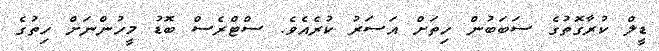
ޑީލް ކުރާގޮތުގެ ސަބަބުން ހިތަށް އަސަރު ކުރެއެވެ. ސްޓްރެސް ބޮޑު މީހުންނަށް ހިތުގެ